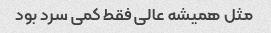
مثل همیشه عالی فقط کمی سرد بود